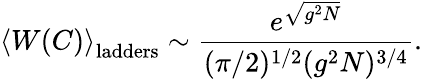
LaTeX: \left<W(C)\right>_{\mathrm{ladders}}\sim\frac{e^{\sqrt{g^{2}N}}}{(\pi/2)^{1/2}(g^{2}N)^{3/4}}.